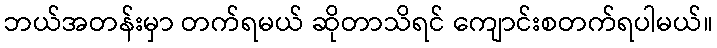
ဘယ်အတန်းမှာ တက်ရမယ် ဆိုတာသိရင် ကျောင်းစတက်ရပါမယ်။